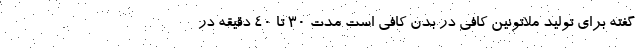
گفته برای تولید ملاتونین کافی در بدن کافی است مدت 30 تا 40 دقیقه در